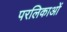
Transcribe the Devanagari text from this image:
परलिकाओं